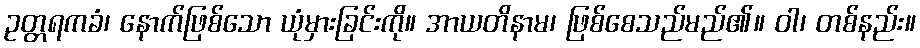
ဥတ္တရကခံ၊ နောက်ဖြစ်သော ယုံမှားခြင်းကို။ အာယတိနာမ၊ ဖြစ်စေသည်မည်၏။ ဝါ၊ တစ်နည်း။